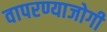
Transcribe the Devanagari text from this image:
वापरण्याजोगी